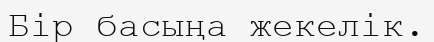
Бір басыңа жекелік.